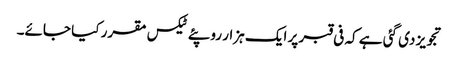
تجویز دی گئی ہے کہ فی قبر پر ایک ہزار روپئے ٹیکس مقرر کیا جائے۔